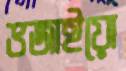
ভজাইয়ো